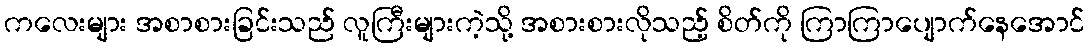
ကလေးများ အစာစားခြင်းသည် လူကြီးများကဲ့သို့ အစားစားလိုသည့် စိတ်ကို ကြာကြာပျောက်နေအောင်